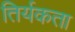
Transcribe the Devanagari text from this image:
तिर्यकता